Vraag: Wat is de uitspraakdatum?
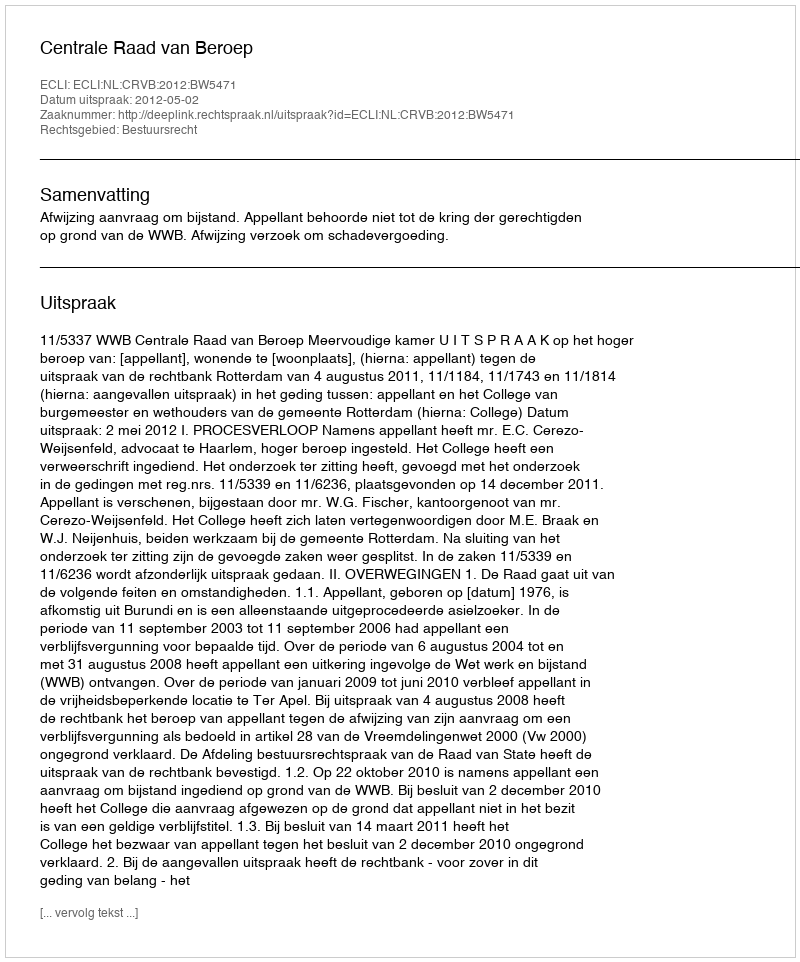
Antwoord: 2012-05-02